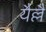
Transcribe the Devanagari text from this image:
यैल्लै